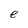
Character: e